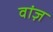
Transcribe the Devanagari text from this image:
वांज़